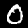
Label: 0